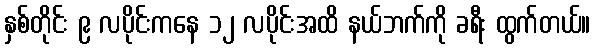
နှစ်တိုင်း ၉ လပိုင်းကနေ ၁၂ လပိုင်းအထိ နယ်ဘက်ကို ခရီး ထွက်တယ်။